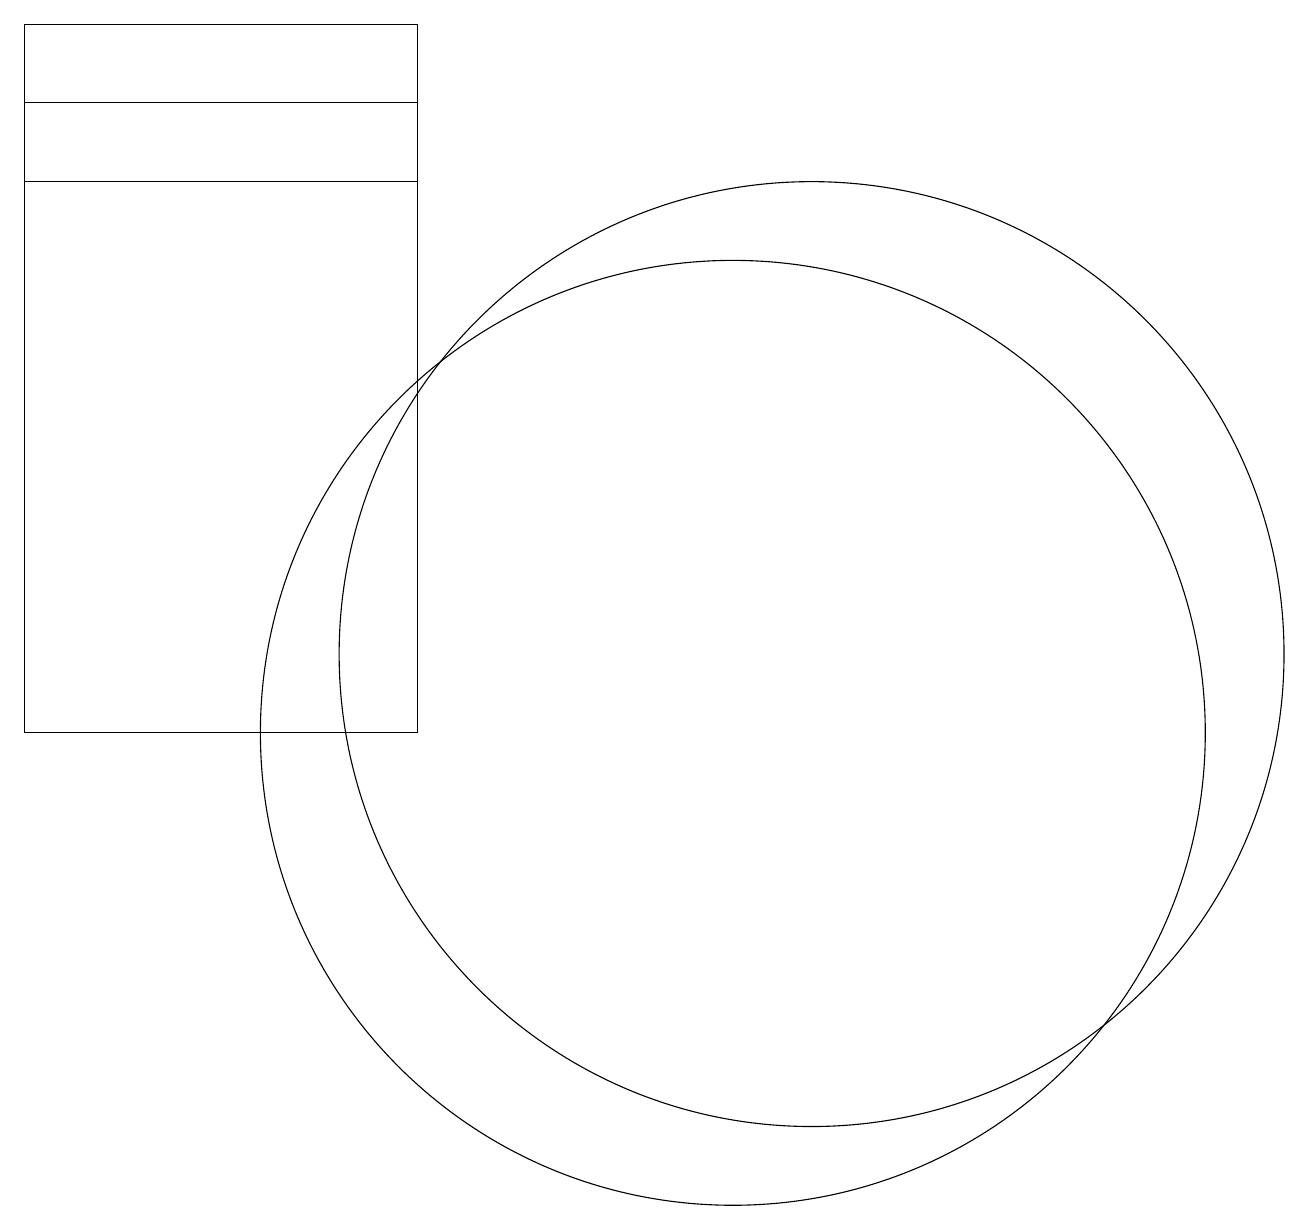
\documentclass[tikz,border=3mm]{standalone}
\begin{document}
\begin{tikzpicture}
\draw (11,12) circle (0);
\draw (11,11) circle (6);
\draw (10,10) circle (6);
\draw (1,18) rectangle (6,17);
\draw (6,10) rectangle (1,19);
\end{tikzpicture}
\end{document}